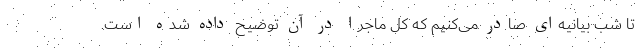
تا شب بیانیه‌ای صادر می‌کنیم که کل ماجرا در آن توضیح داده شده است.